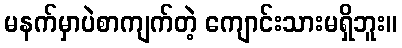
မနက်မှာပဲစာကျက်တဲ့ ကျောင်းသားမရှိဘူး။